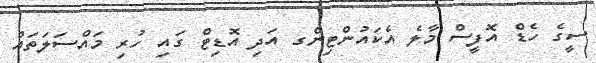
ސީގެ ހެޑް އޮފީސް މާލެ އެކައުންޓިންގ އަދި އޮޑިޓް ގައި ހުރި މައްސަލަތައް